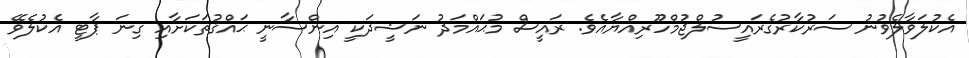
އެކުލަވާލެވުނު ސަރުކާރުގެރައީސުލްޖުމްހޫރިއްޔާއެވެ. ރައީސް މުޙައްމަދު ނަޝީދަކީ އިންސާނީ ޙައްޤުތަކަށާއި ގިނަ ޕާޓީ އެކުލެވޭ